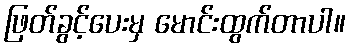
ဖြတ်ခွင့်ပေးမှ မောင်းထွက်တာပါ။